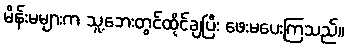
မိန်းမများက သူ့ဘေးတွင်ထိုင်ချပြီး ဖေးမပေးကြသည်။